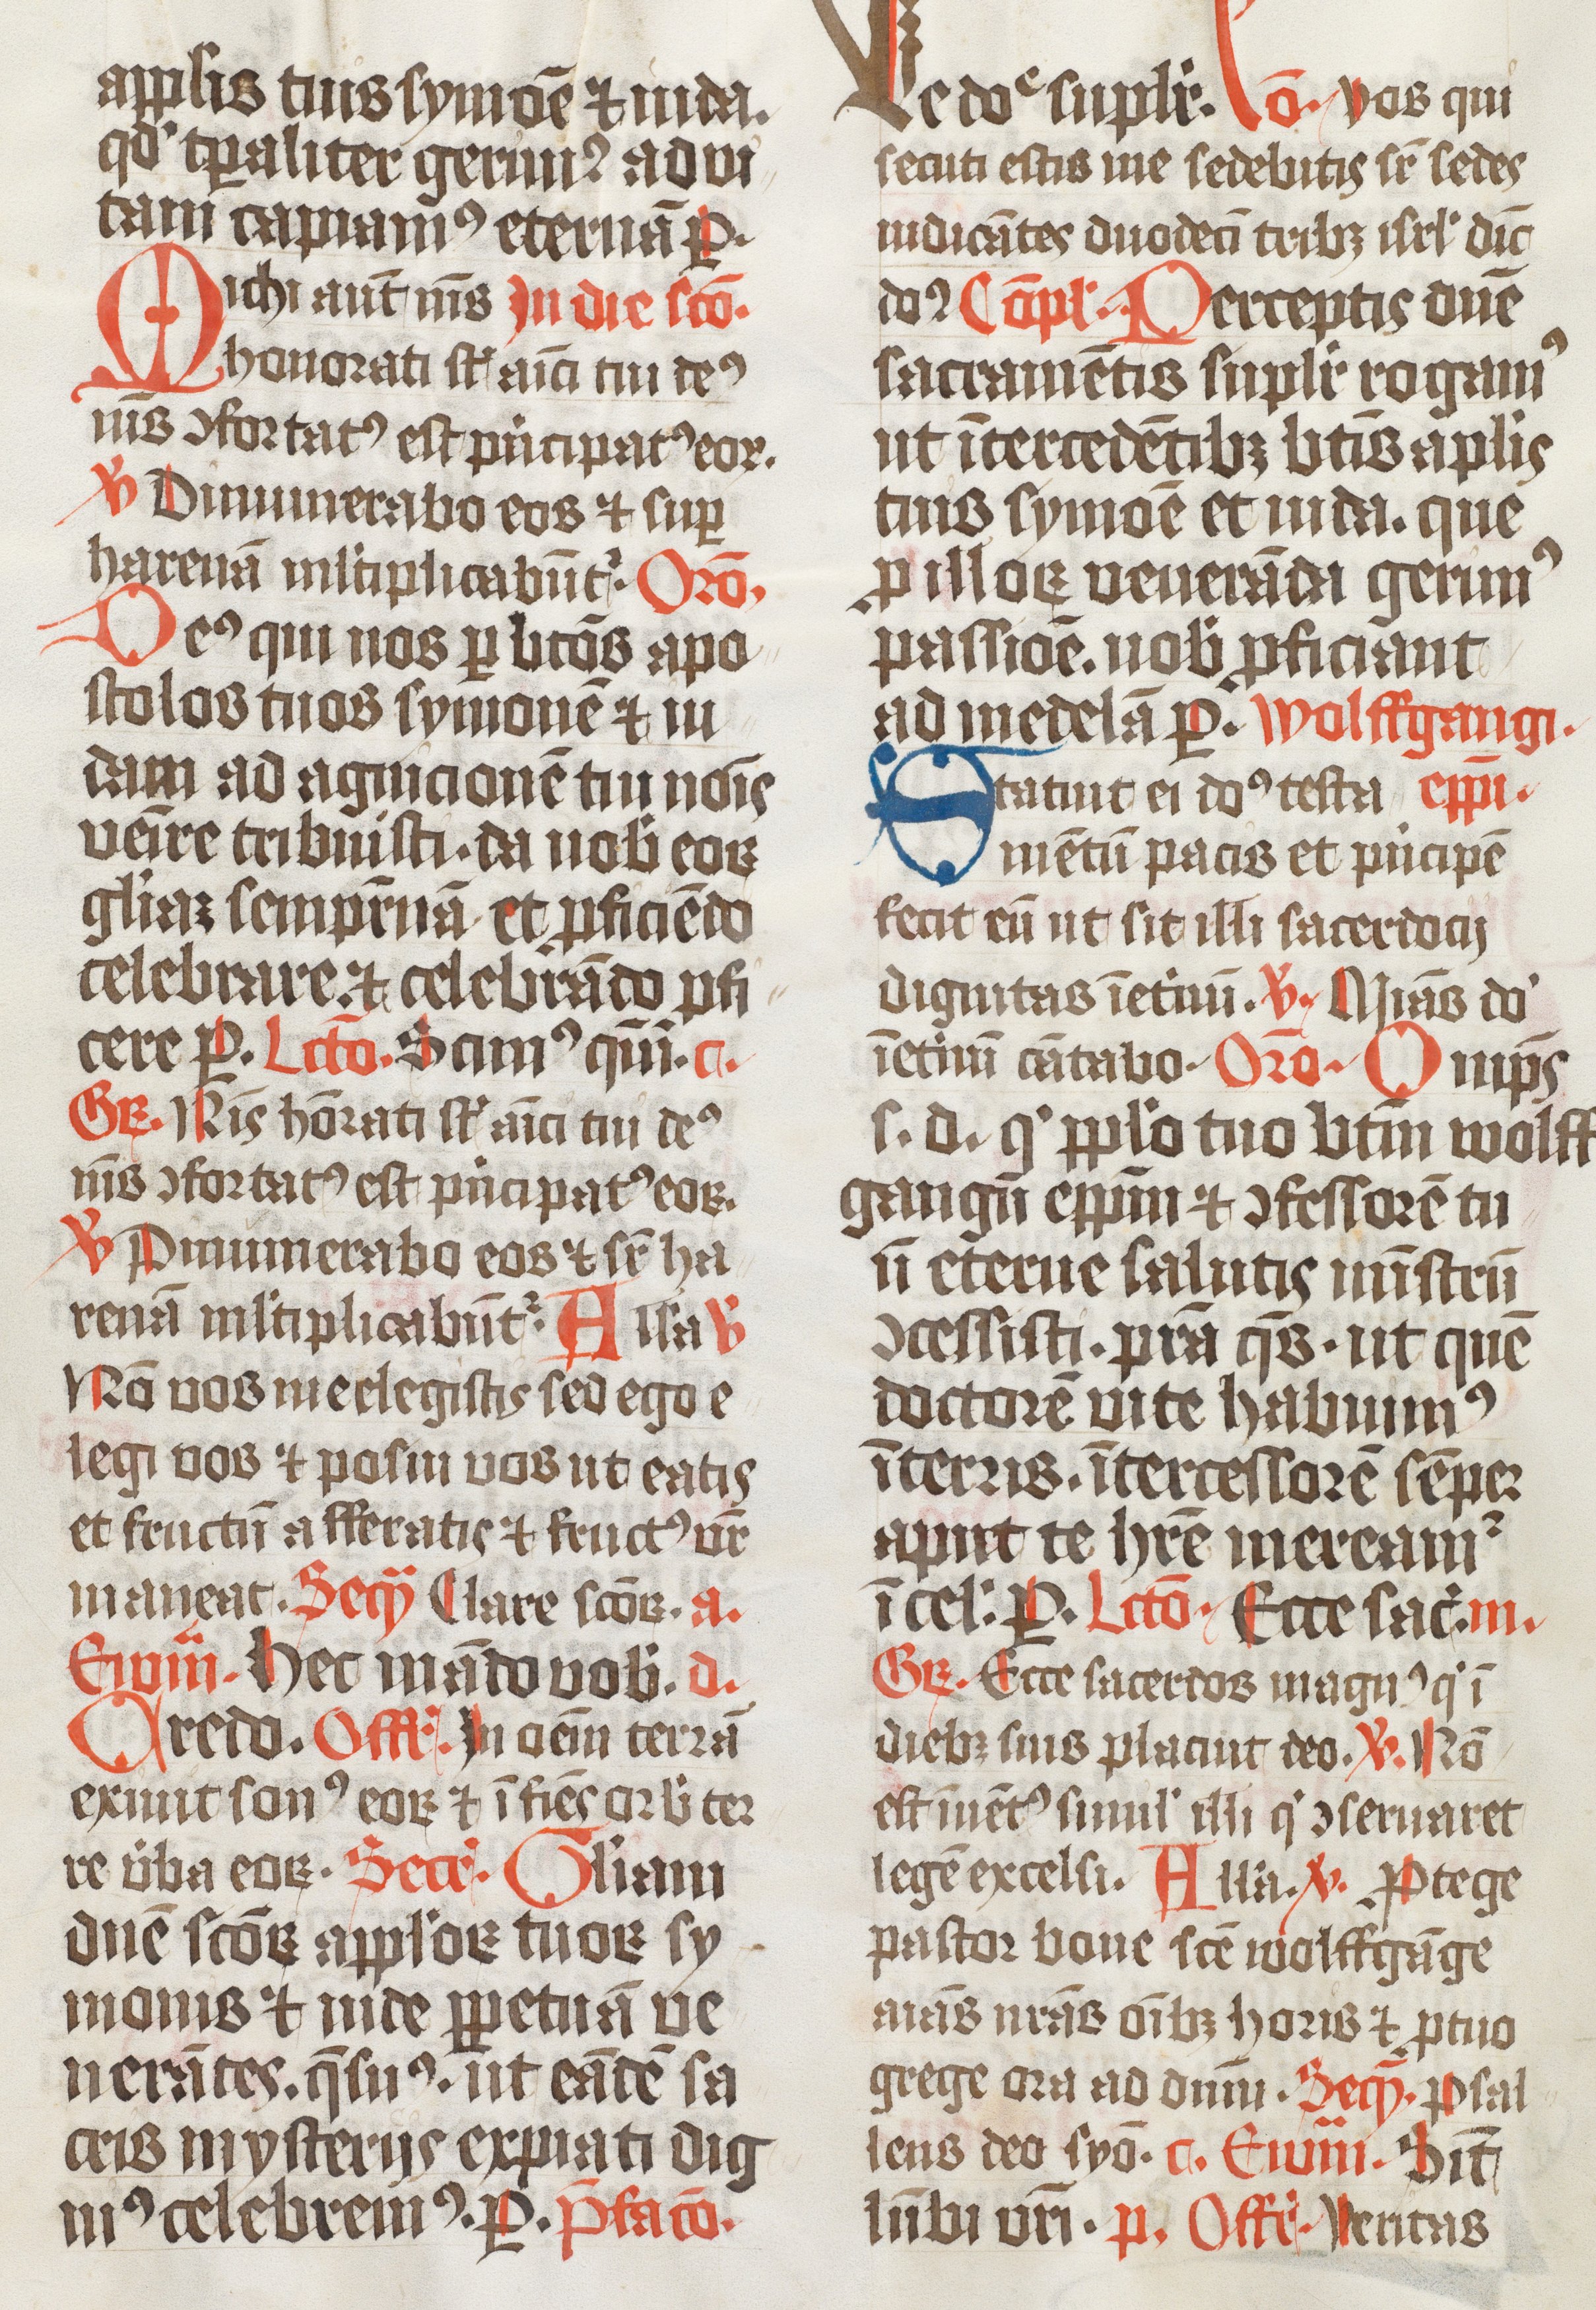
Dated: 1474–1476